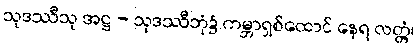
သုဒဿီသု အဋ္ဌ - သုဒဿီဘုံ၌ ကမ္ဘာရှစ်ထောင် နေရ လတ္တံ့၊